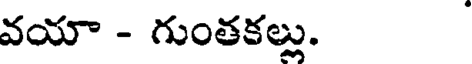
వయా - గుంతకల్లు.